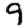
Digit: 9